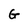
Character: G